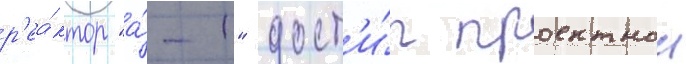
р'еа́ктор "а́-1" дост'и́г проектнои